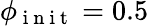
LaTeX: \phi_{\mathrm{~i~n~i~t~}}=0.5